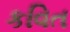
કવિત